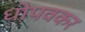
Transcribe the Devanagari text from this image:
धोपवकर